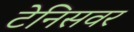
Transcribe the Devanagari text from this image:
टेनिसवर